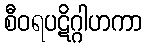
စီဝရပဋိဂ္ဂါဟကာ